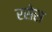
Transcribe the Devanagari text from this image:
रसेस